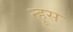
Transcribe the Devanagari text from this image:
न्हूस